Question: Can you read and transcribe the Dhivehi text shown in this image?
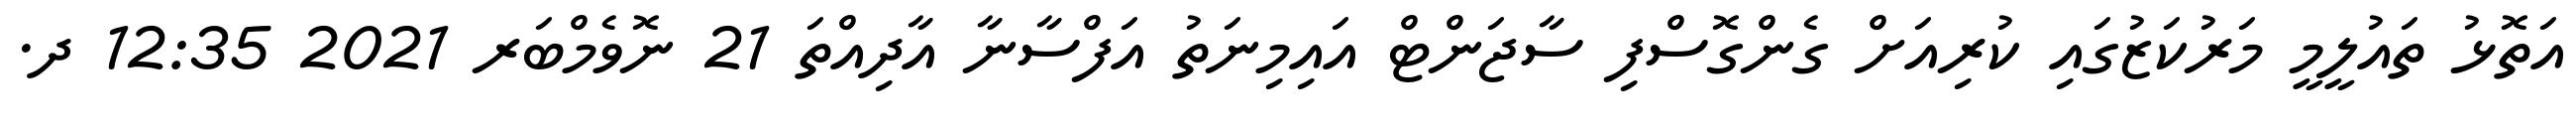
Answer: އަތޮޅު ތައުލީމީ މަރުކަޒުގައި ކުރިއަށް ގެންގޮސްފި ސާޖަންޓް އައިމިނަތު އަފްސާނާ އާދިއްތަ 21 ނޮވެމްބަރ 2021 12:35 ދ.